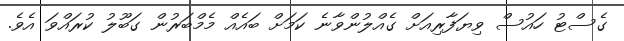
ގެސްޓު ހައުސް ވިޔަފާރިއަށް ގެއްލުންވާނެ ކަމަށް ބައެއް މެމްބަރުން ގަބޫލު ކުރައްވަ އެވެ.